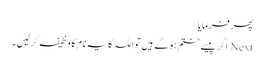
پھر فرمایا
Next اگر پیسے ختم ہو گے ہیں تو اللہ کا یہ نام کا وظیفہ کر لیں۔